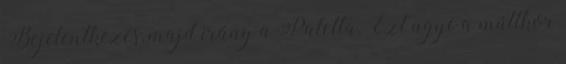
Bejelentkezés, majd irány a Paletta. Ezt ugye a múltkor